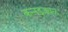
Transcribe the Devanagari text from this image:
कन्नडजवळ